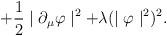
LaTeX: \begin{align*}+\frac{1}{2}\mid\partial_{\mu}\varphi\mid^{2}+ \lambda (\mid\varphi\mid^{2})^{2} . \end{align*}